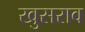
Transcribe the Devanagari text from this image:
खुसराव